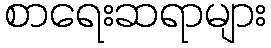
စာရေးဆရာများ